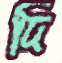
দি